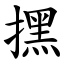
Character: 㩏